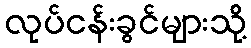
လုပ်ငန်းခွင်များသို့